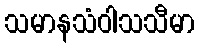
သမာနသံဝါသသီမာ